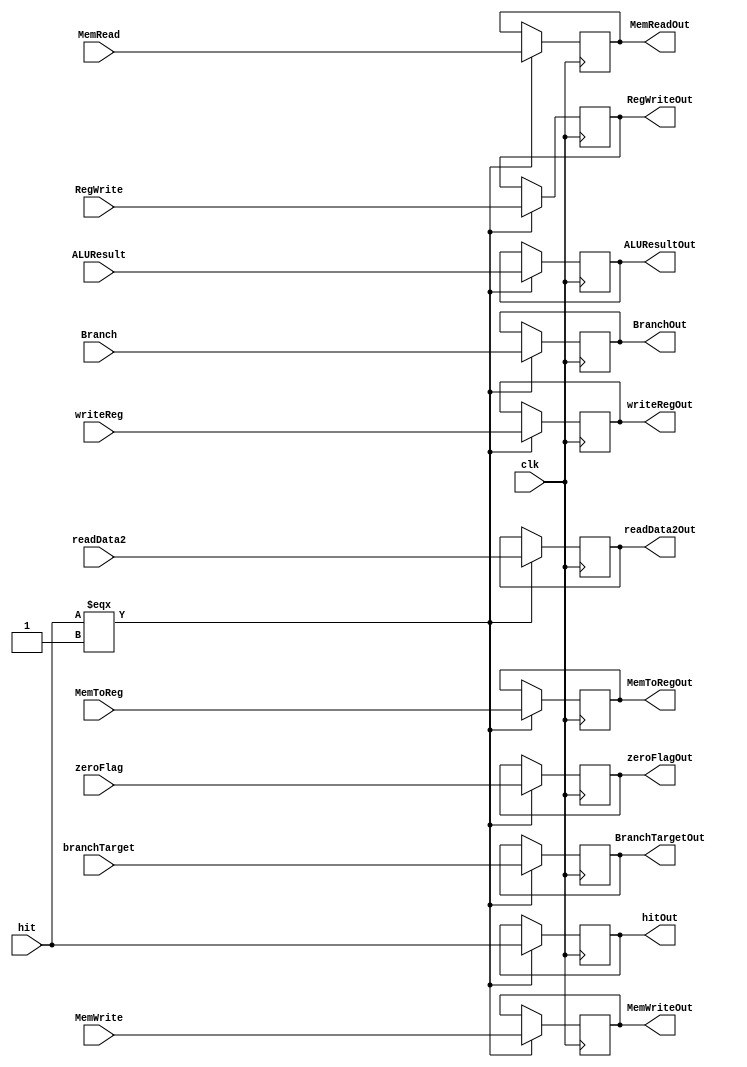
`timescale 1ns / 1ps

module EX_MEM
	(
	input clk,
	input hit,
	input [31:0]branchTarget,
	input zeroFlag,
	input MemRead,
	input MemWrite,
	input Branch,
	input RegWrite,
	input MemToReg,
	input [31:0]ALUResult,
	input [31:0]readData2,
	input [4:0]writeReg,
	
	output reg	[31:0]BranchTargetOut,
	output reg	[31:0]ALUResultOut,
	output reg	[31:0]readData2Out,
	output reg	[4:0]writeRegOut,
	output reg hitOut,
	output reg zeroFlagOut,
	output reg MemReadOut,
	output reg MemWriteOut,
	output reg BranchOut,
	output reg RegWriteOut,
	output reg MemToRegOut
    );

	always@ (negedge clk) begin
		if (hit === 1)begin
			hitOut <= hit;
			BranchTargetOut <= branchTarget;
			zeroFlagOut <= zeroFlag;
			ALUResultOut <= ALUResult;
			readData2Out <= readData2;
			writeRegOut <= writeReg;
			MemReadOut <= MemRead;
			MemWriteOut <= MemWrite;
			BranchOut <= Branch;
			RegWriteOut <= RegWrite;
			MemToRegOut <= MemToReg;
		end
	end
endmodule